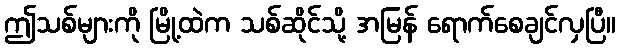
ဤသစ်များကို မြို့ထဲက သစ်ဆိုင်သို့ အမြန် ရောက်စေချင်လှပြီ။